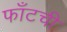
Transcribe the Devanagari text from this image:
फाँटची